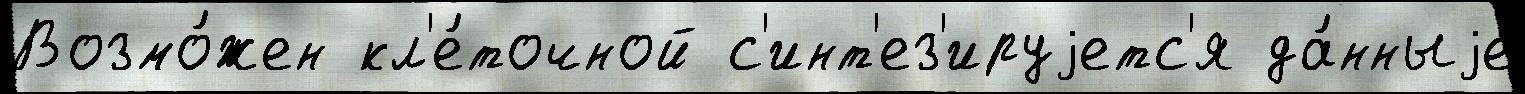
Возмо́жен кл'е́точной с'инт'ез'ируjетс'я да́нныjе